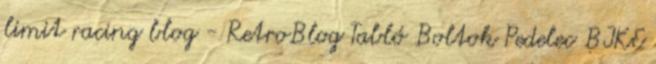
limit racing blog - RetroBlog Tabló Boltok Pedelec BIKE